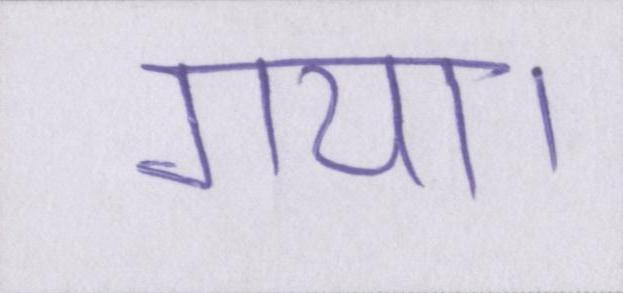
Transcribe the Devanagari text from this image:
गया।